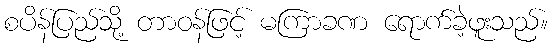
စပိန်ပြည်သို့ တာဝန်ဖြင့် မကြာခဏ ရောက်ခဲ့ဖူးသည်။